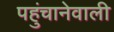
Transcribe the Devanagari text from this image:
पहुंचानेवाली